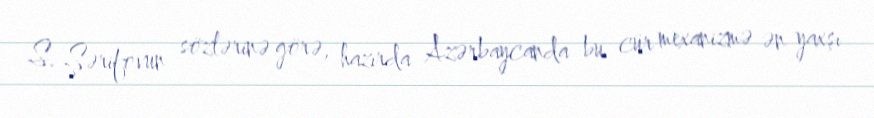
S. Şərifovun sözlərinə görə, hazırda Azərbaycanda bu cür mexanizmə ən yaxşı